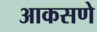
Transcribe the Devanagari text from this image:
आकसणे